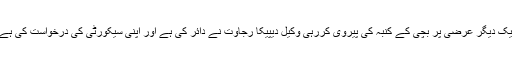
ایک دیگر عرضی پر بچی کے کنبہ کی پیروی کررہی وکیل دیپیکا رجاوت نے دائر کی ہے اور اپنی سیکورٹی کی درخواست کی ہے۔